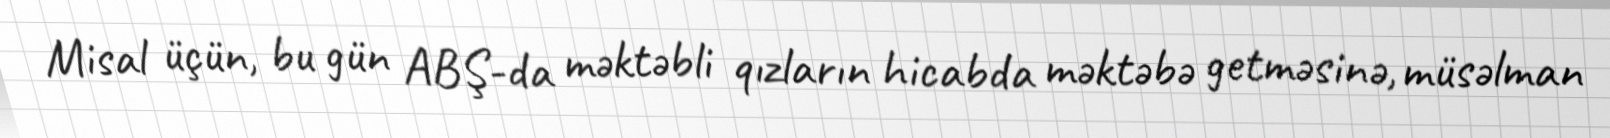
Misal üçün, bu gün ABŞ-da məktəbli qızların hicabda məktəbə getməsinə, müsəlman